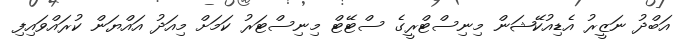
އަބްދު ނަޒީރު އެޑިއުކޭޝަން މިނިސްޓްރީގެ ސްޓޭޓް މިނިސްޓަރު ކަމަށް މިއަދު އައްޔަން ކުރައްވައިފި